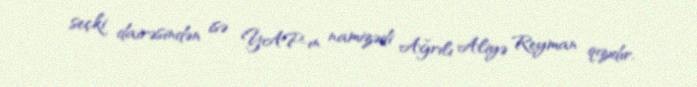
seçki dairəsindən isə YAP-ın namizədi Ağrılı Aliyə Reyman qızıdır.